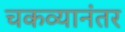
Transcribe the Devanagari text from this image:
चकव्यानंतर